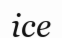
ісе